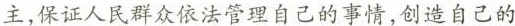
主，保证人民群众依法管理自己的事情，创造自己的